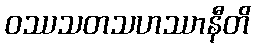
ဝဿသတသဟဿာနီတိ